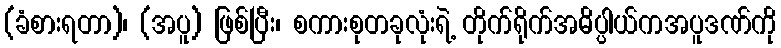
(ခံစားရတာ)၊ (အပူ) ဖြစ်ပြီး၊ စကားစုတခုလုံးရဲ့ တိုက်ရိုက်အဓိပ္ပါယ်ကအပူဒဏ်ကို